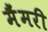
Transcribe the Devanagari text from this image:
मैंमरी